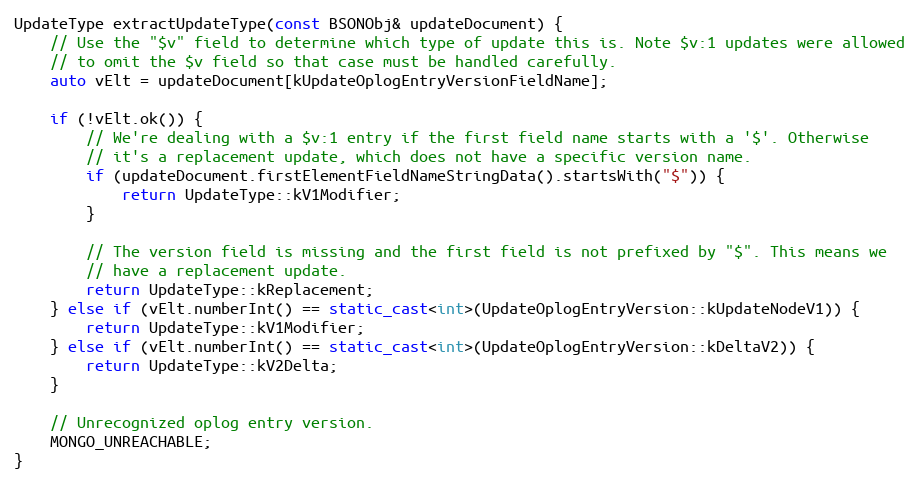
Language: C++
UpdateType extractUpdateType(const BSONObj& updateDocument) {
    // Use the "$v" field to determine which type of update this is. Note $v:1 updates were allowed
    // to omit the $v field so that case must be handled carefully.
    auto vElt = updateDocument[kUpdateOplogEntryVersionFieldName];

    if (!vElt.ok()) {
        // We're dealing with a $v:1 entry if the first field name starts with a '$'. Otherwise
        // it's a replacement update, which does not have a specific version name.
        if (updateDocument.firstElementFieldNameStringData().startsWith("$")) {
            return UpdateType::kV1Modifier;
        }

        // The version field is missing and the first field is not prefixed by "$". This means we
        // have a replacement update.
        return UpdateType::kReplacement;
    } else if (vElt.numberInt() == static_cast<int>(UpdateOplogEntryVersion::kUpdateNodeV1)) {
        return UpdateType::kV1Modifier;
    } else if (vElt.numberInt() == static_cast<int>(UpdateOplogEntryVersion::kDeltaV2)) {
        return UpdateType::kV2Delta;
    }

    // Unrecognized oplog entry version.
    MONGO_UNREACHABLE;
}